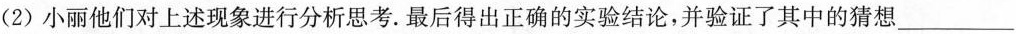
(2)小丽他们对上述现象进行分析思考。最后得出正确的实验结论，并验证了其中的猜想___